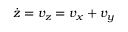
\dot { z } = v _ { z } = v _ { x } + v _ { y }